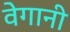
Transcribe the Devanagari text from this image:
वेगानी